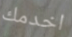
اخدمك